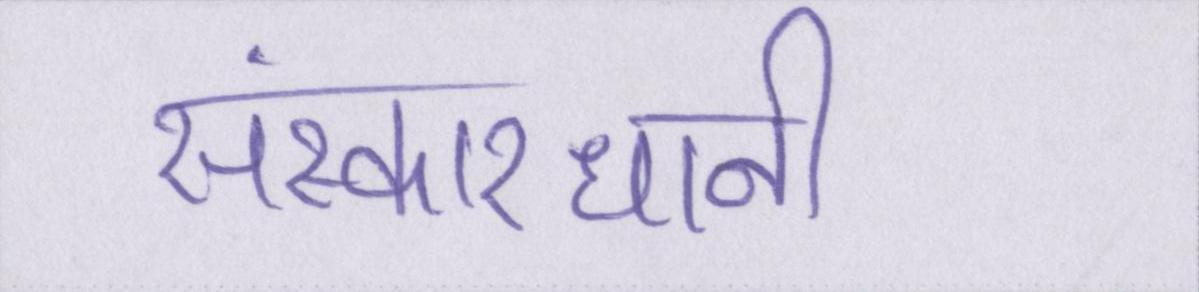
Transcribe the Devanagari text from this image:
संस्कारधानी